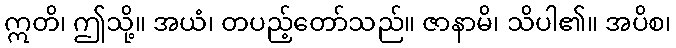
ဣတိ၊ ဤသို့။ အယံ၊ တပည့်တော်သည်။ ဇာနာမိ၊ သိပါ၏။ အပိစ၊